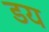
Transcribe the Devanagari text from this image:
डय